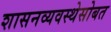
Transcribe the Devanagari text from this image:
शासनव्यवस्थेसोबत